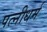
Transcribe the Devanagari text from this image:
पत्‍नीधर्म